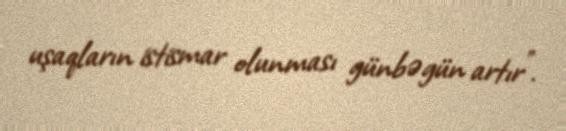
uşaqların istismar olunması günbəgün artır”.